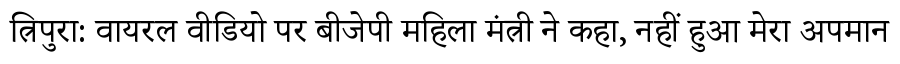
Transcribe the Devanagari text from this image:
त्रिपुरा: वायरल वीडियो पर बीजेपी महिला मंत्री ने कहा, नहीं हुआ मेरा अपमान